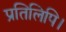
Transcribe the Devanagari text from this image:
प्रतिलिपि।